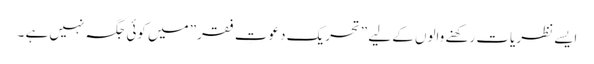
ایسے نظریات رکھنے والوں کے لیے ”تحریک دعوتِ فقر” میں کوئی جگہ نہیں ہے ۔